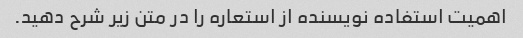
اهمیت استفاده نویسنده از استعاره را در متن زیر شرح دهید.